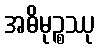
အဓိမုဉ္စဿု